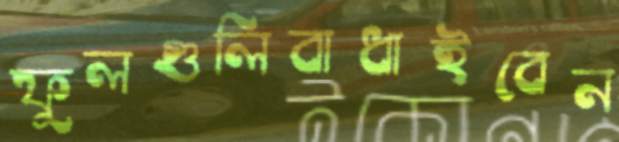
ফুলগুলিবাধাইবেন